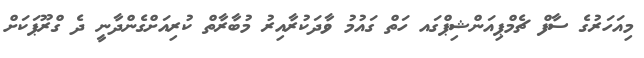
މިއަހަރުގެ ސާފް ޗެމްޕިއަންޝިޕްގައ ހަތް ގައުމު ވާދަކުރާއިރު މުބާރާތް ކުރިއަށްގެންދާނީ ދެ ގްރޫޕަކަށް